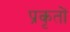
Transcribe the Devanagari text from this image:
प्रकृतों